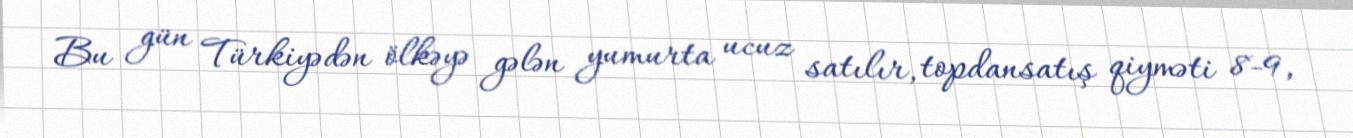
Bu gün Türkiyədən ölkəyə gələn yumurta ucuz satılır, topdansatış qiyməti 8-9,